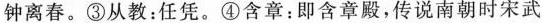
钟离春。③从教：任凭。④含章；即含章殿，传说南朝时宋武